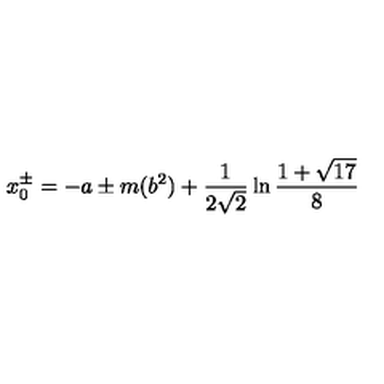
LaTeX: x _ { 0 } ^ { \pm } = - a \pm m ( b ^ { 2 } ) + \frac { 1 } { 2 \sqrt { 2 } } \ln \frac { 1 + \sqrt { 1 7 } } { 8 }